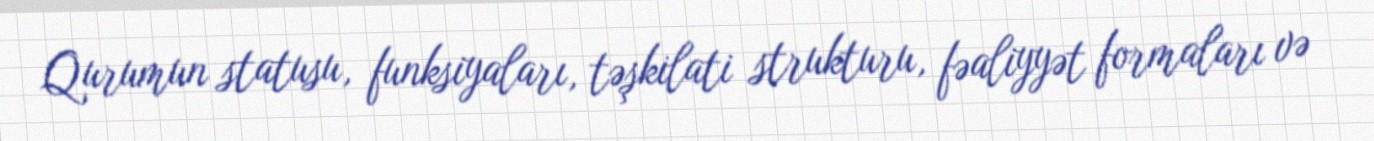
Qurumun statusu, funksiyaları, təşkilati strukturu, fəaliyyət formaları və